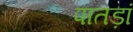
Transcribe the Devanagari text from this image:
पातड़ां